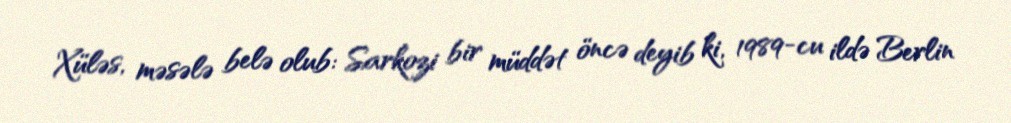
Xüləs, məsələ belə olub: Sarkozi bir müddət öncə deyib ki, 1989-cu ildə Berlin